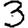
Digit: 3